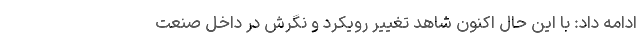
ادامه داد: با این حال اکنون شاهد تغییر رویکرد و نگرش در داخل صنعت